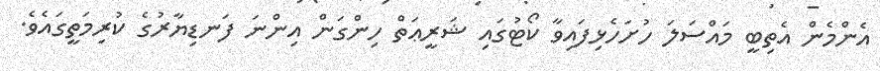
އެންމެން އެތިބީ މައްސަލަ ހުށަހެޅިފައިވާ ކޯޓުގައި ޝަރީޢަތް ހިންގަން އިންނަ ފަނޑިޔާރުގެ ކުރިމަތީގައެވެ.